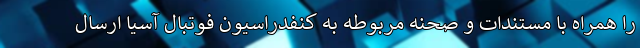
را همراه با مستندات و صحنه مربوطه به کنفدراسیون فوتبال آسیا ارسال